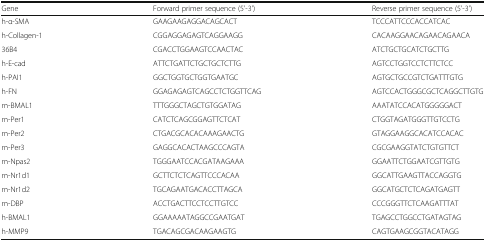
<table><thead><tr><td><b>Gene</b></td><td><b>Forward primer sequence (5&#x27;-3&#x27;)</b></td><td><b>Reverse primer sequence (5&#x27;-3&#x27;)</b></td></tr></thead><tbody><tr><td>h-α-SMA</td><td>GAAGAAGAGGACAGCACT</td><td>TCCCATTCCCACCATCAC</td></tr><tr><td>h-Collagen-1</td><td>CGGAGGAGAGTCAGGAAGG</td><td>CACAAGGAACAGAACAGAACA</td></tr><tr><td>36B4</td><td>CGACCTGGAAGTCCAACTAC</td><td>ATCTGCTGCATCTGCTTG</td></tr><tr><td>h-E-cad</td><td>ATTCTGATTCTGCTGCTCTTG</td><td>AGTCCTGGTCCTCTTCTCC</td></tr><tr><td>h-PAI1</td><td>GGCTGGTGCTGGTGAATGC</td><td>AGTGCTGCCGTCTGATTTGTG</td></tr><tr><td>h-FN</td><td>GGAGAGAGTCAGCCTCTGGTTCAG</td><td>AGTCCACTGGGCGCTCAGGCTTGTG</td></tr><tr><td>m-BMAL1</td><td>TTTGGGCTAGCTGTGGATAG</td><td>AAATATCCACATGGGGGACT</td></tr><tr><td>m-Per1</td><td>CATCTCAGCGGAGTTCTCAT</td><td>CTGGTAGATGGGTTGTCCTG</td></tr><tr><td>m-Per2</td><td>CTGACGCACACAAAGAACTG</td><td>GTAGGAAGGCACATCCACAC</td></tr><tr><td>m-Per3</td><td>GAGGCACACTAAGCCCAGTA</td><td>CGCGAAGGTATCTGTGTTCT</td></tr><tr><td>m-Npas2</td><td>TGGGAATCCACGATAAGAAA</td><td>GGAATTCTGGAATCGTTGTG</td></tr><tr><td>m-Nr1d1</td><td>GCTTCTCTCAGTTCCCACAA</td><td>GGCATTGAAGTTACCAGGTG</td></tr><tr><td>m-Nr1d2</td><td>TGCAGAATGACACCTTAGCA</td><td>GGCATGCTCTCAGATGAGTT</td></tr><tr><td>m-DBP</td><td>ACCTGACTTCCTCCTTGTCC</td><td>CCCGGGTTCTCAAGATTTAT</td></tr><tr><td>h-BMAL1</td><td>GGAAAAATAGGCCGAATGAT</td><td>TGAGCCTGGCCTGATAGTAG</td></tr><tr><td>h-MMP9</td><td>TGACAGCGACAAGAAGTG</td><td>CAGTGAAGCGGTACATAGG</td></tr></tbody></table>